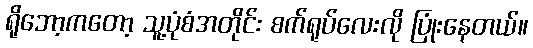
ရိုဘော့ကတော့ သူ့ပုံစံအတိုင်း စက်ရုပ်လေးလို ပြုံးနေတယ်။